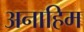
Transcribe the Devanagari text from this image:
अनाहिम